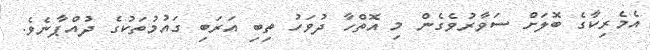
އެމެރިކާގެ ބޮލަށް ސަވާރުވެގެން މި އޮތްހާ ދުވަހު ތިބި އަރަބި ގައުމުތަކުގެ ދުއްޕާނެވެ.